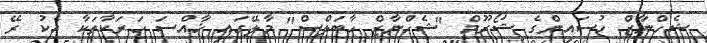
ޝެހްނާޒް ހުސައިންގެ ޝޯރޫމް "ޝެހްނާޒް ހާބަލްސް" މާލޭގައި ޚާއްސަ ހަރަކާތަކާ އެކު ރޭ